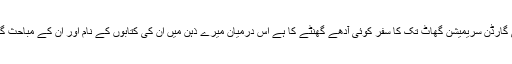
جامعہ سے لودھی گارڈن سریمیشن گھاٹ تک کا سفر کوئی آدھے گھنٹے کا ہے اس درمیان میرے ذہن میں ان کی کتابوں کے نام اور ان کے مباحث گردش کرنے لگے۔